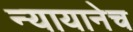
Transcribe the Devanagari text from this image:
न्यायानेच